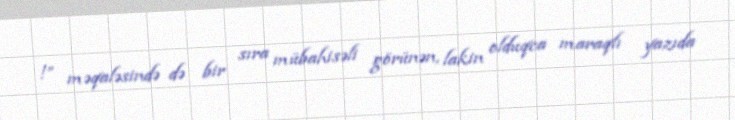
!” məqaləsində də bir sıra mübahisəli görünən, lakin olduqca maraqlı yazıda